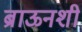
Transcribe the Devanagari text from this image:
ब्राऊनशी